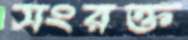
সংরক্ত